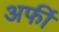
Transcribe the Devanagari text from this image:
अर्फी